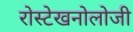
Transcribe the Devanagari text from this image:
रोस्टेखनोलोजी